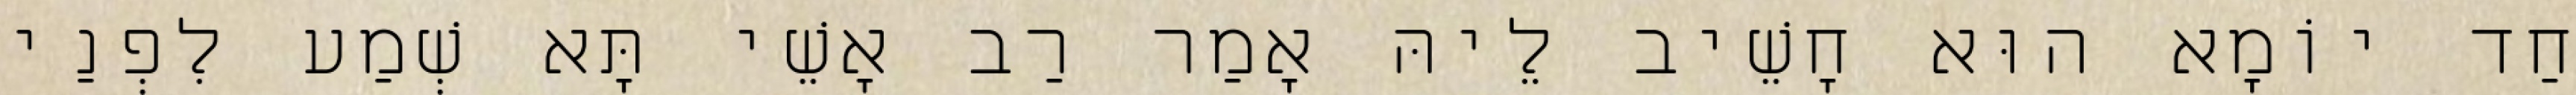
חַד יוֹמָא הוּא חָשֵׁיב לֵיהּ אָמַר רַב אָשֵׁי תָּא שְׁמַע לִפְנַי